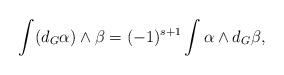
LaTeX: \begin{align*}\int(d_{G}\alpha)\wedge \beta=(-1)^{s+1}\int \alpha\wedge d_{G}\beta,\end{align*}